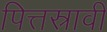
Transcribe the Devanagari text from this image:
पित्तस्रावी